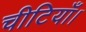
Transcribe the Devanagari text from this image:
चीटियाँ।